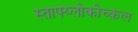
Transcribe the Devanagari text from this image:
स्ताफ्य्लोकोच्कल